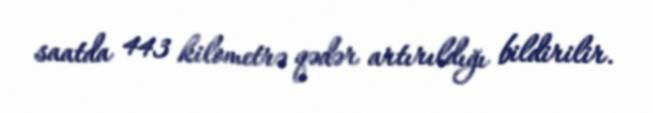
saatda 443 kilometrə qədər artırıldığı bildirilir.